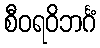
စီဝရဝိဘင်္ဂံ